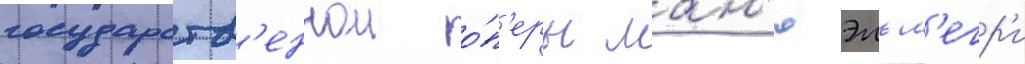
государств'еннои о́п'еры ман'юэль л'егр'и